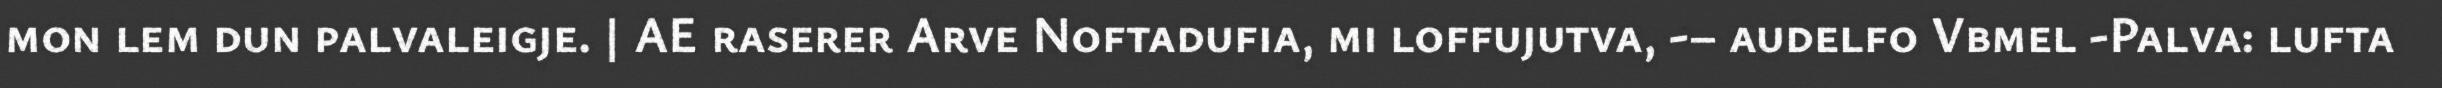
mon lem dun palvaleigje. | AE raserer Arve Noftadufia, mi loffujutva, -– audelfo Vbmel -Palva: lufta